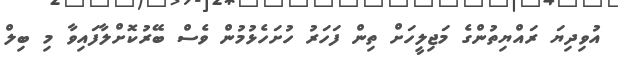
އުވިދިޔަ ރައްޔިތުންގެ މަޖިލީހަށް ތިން ފަހަރު ހުށަހެޅުމުން ވެސް ބޭރުކޮށްލާފައިވާ މި ބިލް